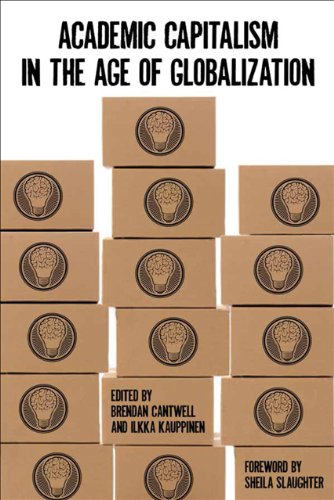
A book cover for Academic Capitalism in the Age of Globalization; Business & Money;